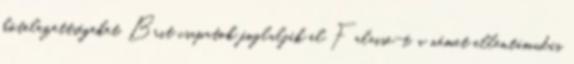
kötelezettségeket. Brit csapatok foglalják el Falaise-t, a német ellentámadás